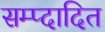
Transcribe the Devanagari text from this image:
सम्प्दादित